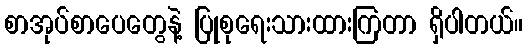
စာအုပ်စာပေတွေနဲ့ ပြုစုရေးသားထားကြတာ ရှိပါတယ်။